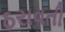
ઠરાવતી